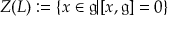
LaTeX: Z ( L ) : = \{ x \in { \mathfrak { g } } | [ x , { \mathfrak { g } } ] = 0 \}